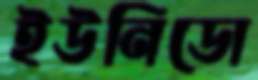
ইউনিডো